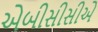
એબીસીસીએ